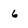
Character: 6